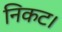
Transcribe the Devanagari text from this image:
निकट।